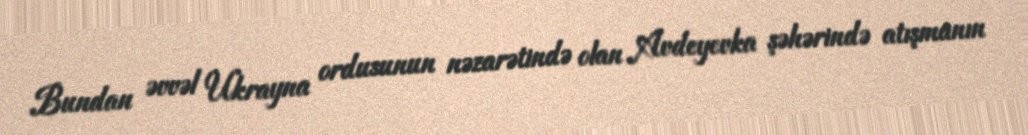
Bundan əvvəl Ukrayna ordusunun nəzarətində olan Avdeyevka şəhərində atışmanın